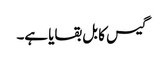
گیس کا بل بقایا ہے۔